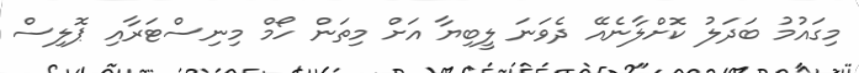
މިގައުމު ބަދަލު ކޮށްލާނެއޭ ދެވަނަ ލީބިޔާ އަށް މިތަން ހޯމް މިނިސްޓަރާއި ޕޮލިސް